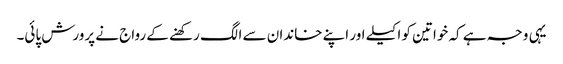
یہی وجہ ہے کہ خواتین کو اکیلے اور اپنے خاندان سے الگ رکھنے کے رواج نے پرورش پائی۔